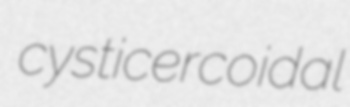
cysticercoidal